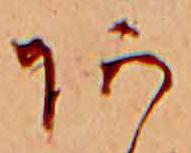
あ